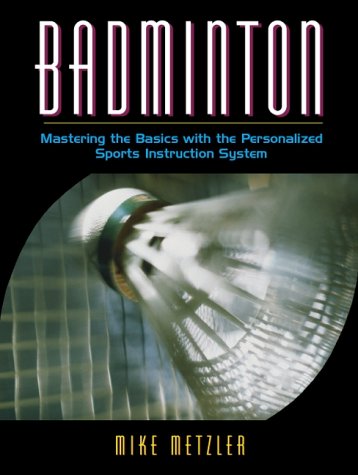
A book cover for Badminton: Mastering the Basics with the Personalized Sports Instruction System (A Workbook Approach); Michael W. Metzler Ph.D.; Sports & Outdoors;